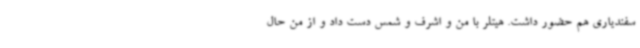
سفندیاری هم حضور داشت. هیتلر با من و اشرف و شمس دست داد و از من حال